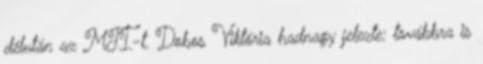
délután az MTI-t. Dobos Viktória hadnagy jelezte: továbbra is